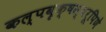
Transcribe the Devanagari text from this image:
कल्पवृक्षस्वरूपिणे